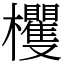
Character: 欔